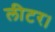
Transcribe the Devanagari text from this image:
लीटर।